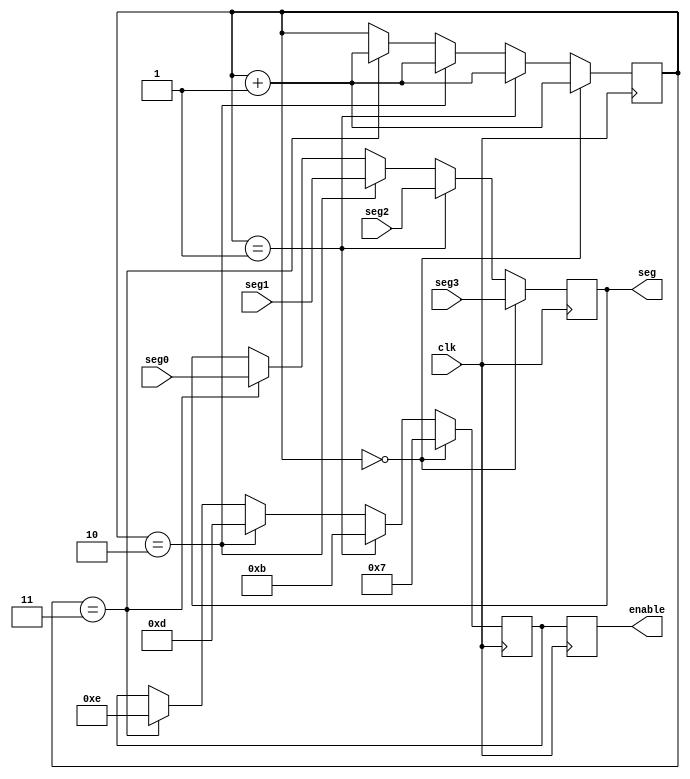
module DynamicScan(
	input wire clk,
	input wire [3:0] seg3,
	input wire [3:0] seg2,
	input wire [3:0] seg1,
	input wire [3:0] seg0,
	output reg [3:0] seg,
	output reg [3:0] enable//,
);

reg [1:0] count = 2'b00;
reg [3:0] en;

always @(posedge clk)begin
	if(count == 2'b00)begin
		en <= 4'b0111;//3-0
		seg <= seg3;
		count <= count + 1;
	end else if (count == 2'b01) begin
		en <= 4'b1011;
		seg <= seg2;
		count <= count + 1;
	end else if (count == 2'b10) begin
		en <= 4'b1101;
		seg <= seg1;
		count <= count + 1;
	end else if (count == 2'b11) begin
		en <= 4'b1110;
		seg <= seg0;
		count <= count + 1;
	end
		enable <= en;
end

endmodule